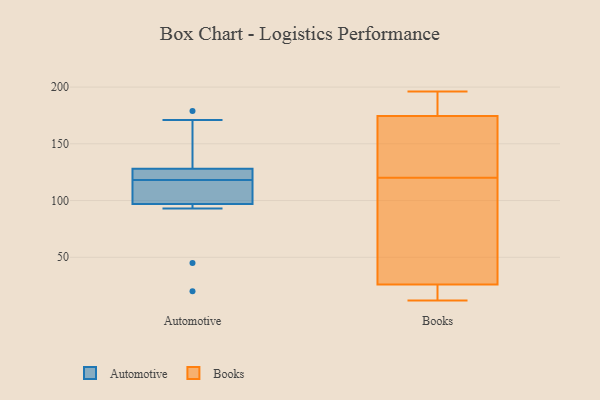
{"axis": {"x": "Net Income (USD K)", "y": "Value"}, "legend": ["Automotive", "Books"], "data": [{"x": "", "y": 120, "type": "Automotive"}, {"x": "", "y": 116, "type": "Automotive"}, {"x": "", "y": 103, "type": "Automotive"}, {"x": "", "y": 101, "type": "Automotive"}, {"x": "", "y": 20, "type": "Automotive"}, {"x": "", "y": 93, "type": "Automotive"}, {"x": "", "y": 126, "type": "Automotive"}, {"x": "", "y": 45, "type": "Automotive"}, {"x": "", "y": 179, "type": "Automotive"}, {"x": "", "y": 124, "type": "Automotive"}, {"x": "", "y": 130, "type": "Automotive"}, {"x": "", "y": 171, "type": "Automotive"}, {"x": "", "y": 188, "type": "Books"}, {"x": "", "y": 196, "type": "Books"}, {"x": "", "y": 17, "type": "Books"}, {"x": "", "y": 120, "type": "Books"}, {"x": "", "y": 130, "type": "Books"}, {"x": "", "y": 12, "type": "Books"}, {"x": "", "y": 182, "type": "Books"}, {"x": "", "y": 22, "type": "Books"}, {"x": "", "y": 67, "type": "Books"}, {"x": "", "y": 152, "type": "Books"}, {"x": "", "y": 38, "type": "Books"}]}